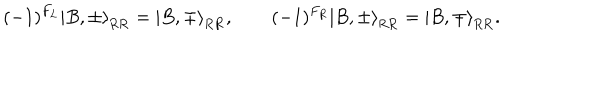
( - 1 ) ^ { F _ { L } } \left| B , \pm \right\rangle _ { \mathrm { R R } } = \left| B , \mp \right\rangle _ { \mathrm { R R } } , \qquad ( - 1 ) ^ { F _ { R } } \left| B , \pm \right\rangle _ { \mathrm { R R } } = \left| B , \mp \right\rangle _ { \mathrm { R R } } .